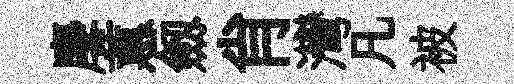
麐蕙劔肖灣凡被